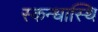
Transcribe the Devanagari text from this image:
स्कन्धास्थि